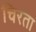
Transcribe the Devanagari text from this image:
चिरता